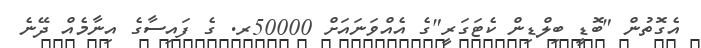
އެގޮތުން "ބޮޑީ ބިލްޑިން ކެޓަގަރީ"ގެ އެއްވަނައަށް 50000ރ. ގެ ފައިސާގެ އިނާމެއް ދޭނެ